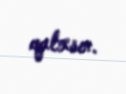
qalxsın.